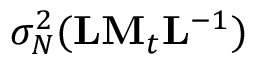
\sigma _ { N } ^ { 2 } ( { \bf L M } _ { t } { \bf L } ^ { - 1 } )